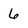
Character: 6